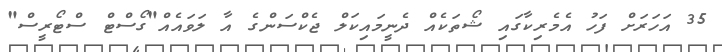
35 އަހަރަށް ފަހު އެމެރިކާގައި ޝޯތަކެއް ދެނީމައިކަލް ޖެކްސަންގެ އާ ލަވައެއް"ގޯސްޓް ސްޓޯރީސް"